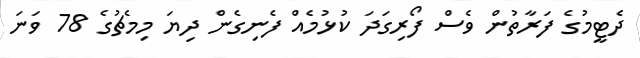
ދެޓީމުގެ ފަރާތުން ވެސް ފޯރިގަދަ ކުޅުމެއް ފެނިގެން ދިޔަ މިމެޗުގެ 78 ވަނަ